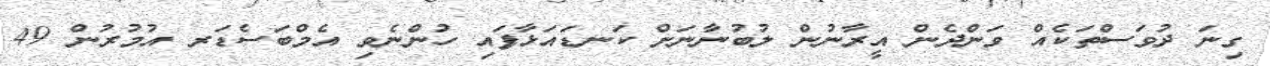
ގިނަ ދުވަސްތަކެއް ވަންދެން އީރާނުން ލުބުނާނަށް ކަނޑައަޅާފައި ހުންނެވި އެމްބަސެޑަރ އުމުރުން 49